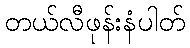
တယ်လီဖုန်းနံပါတ်